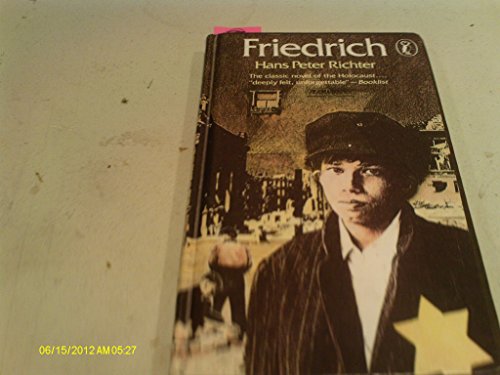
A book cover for Friedrich; Hans Peter Richter; Teen & Young Adult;